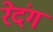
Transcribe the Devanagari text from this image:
रेदंग